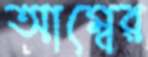
আম্বের